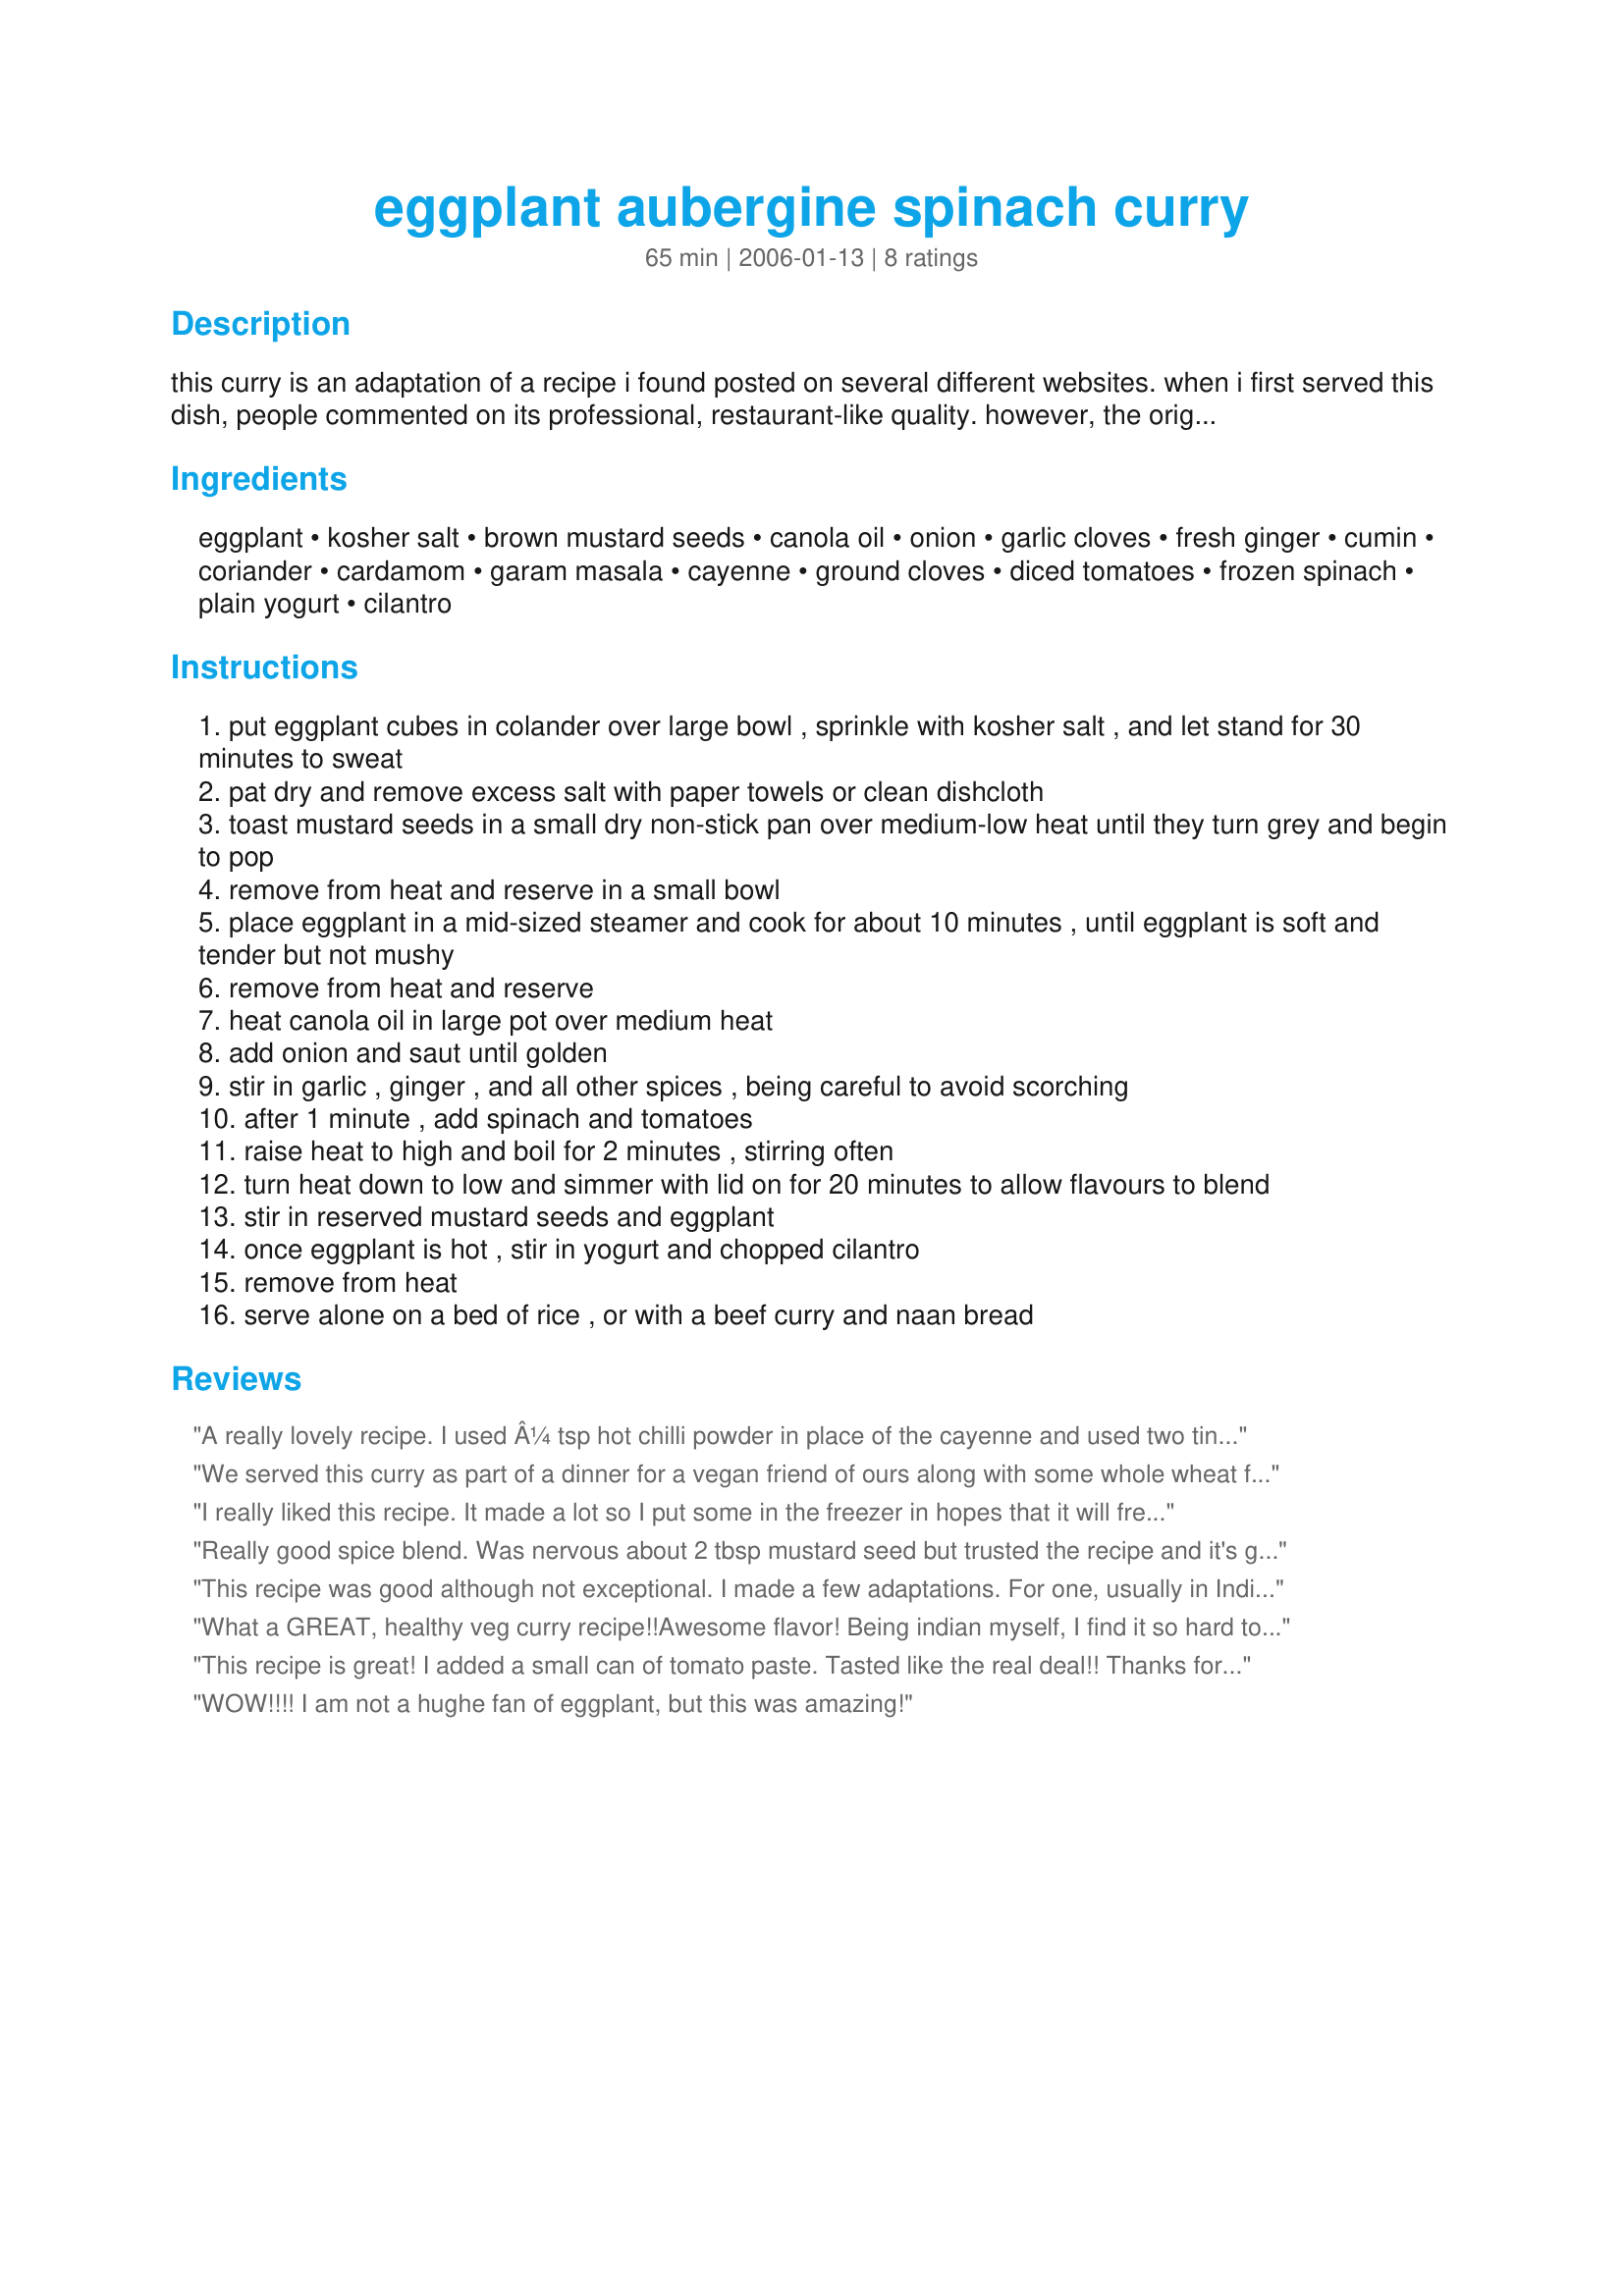
eggplant aubergine spinach curry
Preparation time: 65 minutes

this curry is an adaptation of a recipe i found posted on several different websites. when i first served this dish, people commented on its professional, restaurant-like quality. however, the original version called for a lot of butter, so i played with the ingredients and preparation until i found what worked best for me. instead of steaming the eggplant cubes, you can sauté them in 1/4 cup of ghee until they turn golden, but i prefer this less fatty version.

Ingredients:
eggplant, kosher salt, brown mustard seeds, canola oil, onion, garlic cloves, fresh ginger, cumin, coriander, cardamom, garam masala, cayenne, ground cloves, diced tomatoes, frozen spinach, plain yogurt, cilantro

Steps:
put eggplant cubes in colander over large bowl , sprinkle with kosher salt , and let stand for 30 minutes to sweat
pat dry and remove excess salt with paper towels or clean dishcloth
toast mustard seeds in a small dry non-stick pan over medium-low heat until they turn grey and begin to pop
remove from heat and reserve in a small bowl
place eggplant in a mid-sized steamer and cook for about 10 minutes , until eggplant is soft and tender but not mushy
remove from heat and reserve
heat canola oil in large pot over medium heat
add onion and saut until golden
stir in garlic , ginger , and all other spices , being careful to avoid scorching
after 1 minute , add spinach and tomatoes
raise heat to high and boil for 2 minutes , stirring often
turn heat down to low and simmer with lid on for 20 minutes to allow flavours to blend
stir in reserved mustard seeds and eggplant
once eggplant is hot , stir in yogurt and chopped cilantro
remove from heat
serve alone on a bed of rice , or with a beef curry and naan bread

Reviews:
A really lovely recipe. I used Â¼ tsp hot chilli powder in place of the cayenne and used two tins of tomatoes as we like a really "saucy" curry. I also added the yoghurt as a garnish rather than mixed through.

Served with stuffed potato paratha, it was a really lovely meal.
We served this curry as part of a dinner for a vegan friend of ours along with some whole wheat flat bread. We omitted the yogurt at the end, and added the spinach when it was still partially frozen due to time constraints, but otherwise followed the recipe. It has an enjoyable blend of flavours and textures - thanks for sharing such a gem!
I really liked this recipe. It made a lot so I put some in the freezer in hopes that it will freeze well. Thank you for adding another healthy entree to my repertoire.
Really good spice blend. Was nervous about 2 tbsp mustard seed but trusted the recipe and it's great! I recommend two things: add the spinach at the end with the eggplant to keep it's bright color (or even better use fresh spinach) and put the yogurt on top. Mine was a bit dry so I added 2-3 tbsp tomato sauce before simmering.
This recipe was good although not exceptional. I made a few adaptations. For one, usually in Indian cooking the mustard seeds are cooked with the main food - not separately and added in the end â€“ nor are so many used. I used half the amount (1 Tbs.) which was itself a lot and cooked them in the oil until they started to pop. I then added the onion mixture and cooked till it was a light brown before adding the spinach (I used 1 head of fresh chopped spinach) and fresh cut tomatoes. I cooked this for about 10-15 minutes before adding the steamed eggplant and then cooked the eggplant in the spice mix for some time to absorb the flavors. I also added a little Indian style raw sugar (jaggery) which was nice.
What a GREAT, healthy veg curry recipe!!Awesome flavor! Being indian myself, I find it so hard to find healthy ways to make curry dishes w/o sacrificing taste and texture. Since I didn't have ground clove on hand, I ground whole cloves, (and not too well), and i found that I ran into some of those bits while eating and it gave a very bitter tatse. Next time will obtain the powder form. Also, I don't think I steamed the eggplant for long enough b/c it was a bit "crunchy". Nevertheless, DH ate it with some whole wheat naan, but said he preferred to having the eggplant mushy (and vitamin depleted like any typical epplant curry recipe!). Thanks for posting!!
This recipe is great! I added a small can of tomato paste. Tasted like the real deal!! Thanks for posting
WOW!!!! I am not a hughe fan of eggplant, but this was amazing!
